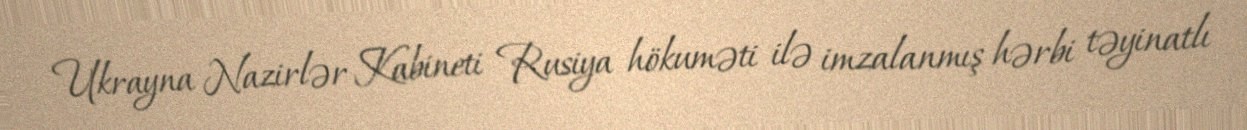
Ukrayna Nazirlər Kabineti Rusiya hökuməti ilə imzalanmış hərbi təyinatlı